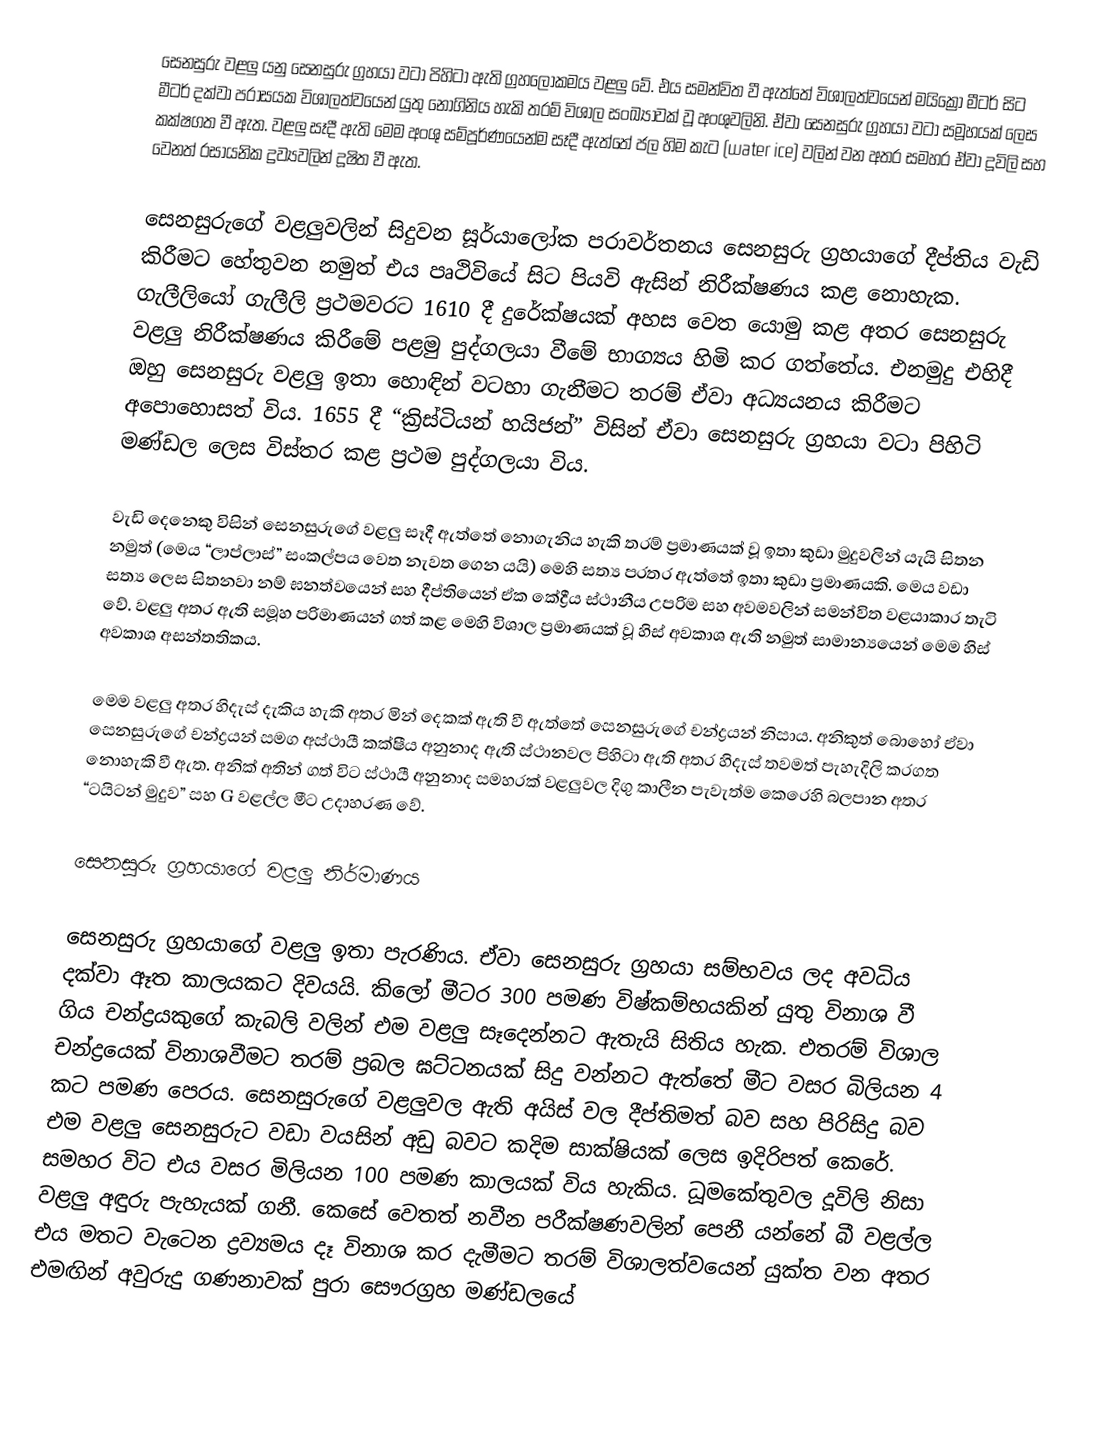
සෙනසුරු වළලු යනු සෙනසුරු ග්‍රහයා වටා පිහිටා ඇති ග්‍රහලෝකමය වළලු වේ. එය සමන්විත වී ඇත්තේ විශාලත්වයෙන් මයික්‍රෝ මීටර් සිට මීටර් දක්වා පරාසයක විශාලත්වයෙන් යුතු නොගිනිය හැකි තරම් විශාල සංඛ්‍යාවක් වූ අංශුවලිනි. ඒවා සෙනසුරු ග්‍රහයා වටා සමූහයක් ලෙස කක්ෂගත වී ඇත. වළලු සෑදී ඇති මෙම අංශු සම්පූර්ණයෙන්ම සෑදී ඇත්තේ ජල හිම කැට (water ice) වලින් වන අතර සමහර ඒවා දූවිලි සහ වෙනත් රසායනික ද්‍රව්‍යවලින් දූෂිත වී ඇත.

සෙනසුරුගේ වළලුවලින් සිදුවන සූර්යාලෝක පරාවර්තනය සෙනසුරු ග්‍රහයාගේ දීප්තිය වැඩි කිරීමට හේතුවන නමුත් එය පෘථිවියේ සිට පියවි ඇසින් නිරීක්ෂණය කළ නොහැක. ගැලීලියෝ ගැලීලි ප්‍රථමවරට 1610 දී දුරේක්ෂයක් අහස වෙත යොමු කළ අතර සෙනසුරු වළලු නිරීක්ෂණය කිරීමේ පළමු පුද්ගලයා වීමේ භාග්‍යය හිමි කර ගත්තේය. එනමුදු එහිදී ඔහු සෙනසුරු වළලු ඉතා හොඳින් වටහා ගැනීමට තරම් ඒවා අධ්‍යයනය කිරීමට ‍අපොහොසත් විය. 1655 දී “ක්‍රිස්ටියන් හයිජන්” විසින් ඒවා සෙනසුරු ග්‍රහයා වටා පිහිටි මණ්ඩල ලෙස විස්තර කළ ප්‍රථම පුද්ගලයා විය.

වැඩි දෙනෙකු විසින් සෙනසුරුගේ වළලු සෑදී ඇත්තේ නොගැනිය හැකි තරම් ප්‍රමාණයක් වූ ඉතා කුඩා මුදුවලින් යැයි සිතන නමුත් (මෙය “ලාප්ලාස්” සංකල්පය වෙත නැවත ගෙන යයි) මෙහි සත්‍ය පරතර ඇත්තේ ඉතා කුඩා ප්‍රමාණයකි. මෙය වඩා සත්‍ය ලෙස සිතනවා නම් ඝනත්වයෙන් සහ දීප්තියෙන් ඒක කේද්‍රීය ස්ථානීය උපරිම සහ අවමවලින් සමන්විත වළයාකාර තැටි වේ. වළලු අතර ඇති සමූහ පරිමාණ‍යන් ගත් කළ මෙහි විශාල ප්‍රමාණයක් වූ හිස් අවකාශ ඇති නමුත් සාමාන්‍යයෙන් මෙම හිස් අවකාශ අසන්තතිකය.

මෙම වළලු අතර හිදැස් දැකිය හැකි අතර මින් දෙකක් ඇති වී ඇත්තේ සෙනසුරුගේ චන්ද්‍රයන් නිසාය. අනිකුත් බොහෝ ඒවා සෙනසුරුගේ චන්ද්‍රයන් සමග අස්ථායී කක්ෂීය අනුනාද ඇති ස්ථානවල පිහිටා ඇති අතර හිදැස් තවමත් පැහැදිලි කරගත නොහැකි වී ඇත. අනික් අතින් ගත් විට ස්ථායී අනුනාද සමහරක් වළලුවල දිගු කාලීන පැවැත්ම කෙරෙහි බලපාන අතර “ටයිටන් මුදුව” සහ G වළල්ල මීට උදාහරණ වේ.

සෙනසුරු ග්‍රහයාගේ වළලු නිර්මාණය

සෙනසුරු ග්‍රහයාගේ වළලු ඉතා පැරණිය. ඒවා සෙනසුරු ග්‍රහයා සම්භවය ලද අවධිය දක්වා ඈත කාලයකට දිවයයි. කිලෝ මීටර 300 පමණ විෂ්කම්භයකින් යුතු විනාශ වී ගිය චන්ද්‍රයකුගේ කැබලි වලින් එම වළලු සෑදෙන්නට ඇතැයි සිතිය හැක. එතරම් විශාල චන්ද්‍රයෙක් විනාශවීමට තරම් ප්‍රබල ඝට්ටනයක් සිදු වන්නට ඇත්තේ මීට වසර බිලියන 4 කට පමණ පෙරය. සෙනසුරුගේ වළලුවල ඇති අයිස් වල දීප්තිමත් බව සහ පිරිසිදු බව එම වළලු සෙනසුරුට වඩා වයසින් අඩු බවට කදිම සාක්ෂියක් ලෙස ඉදිරිපත් කෙරේ. සමහර විට එය වසර මිලියන 100 පමණ කාලයක් විය හැකිය. ධූමකේතුවල දූවිලි නිසා වළලු අඳුරු පැහැයක් ගනී. කෙසේ වෙතත් නවීන පරීක්ෂණවලින් පෙනී යන්නේ බී වළල්ල එය මතට වැටෙන ද්‍රව්‍යමය දෑ විනාශ කර දැමීමට තරම් විශාලත්වයෙන් යුක්ත වන අතර එමඟින් අවුරුදු ගණනාවක් පුරා සෞරග්‍රහ මණ්ඩලයේ